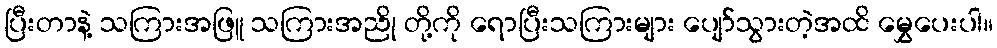
ပြီးတာနဲ့ သကြားအဖြူ သကြားအညို တို့ကို ရောပြီးသကြားများ ပျော်သွားတဲ့အထိ မွှေပေးပါ။